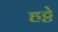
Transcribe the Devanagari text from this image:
हट्टे